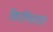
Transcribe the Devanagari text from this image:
किरगिस्तान